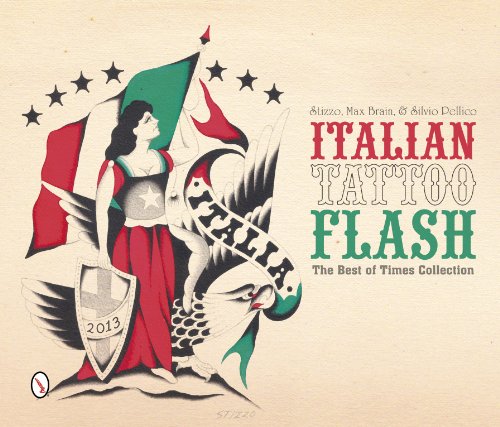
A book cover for Italian Tattoo Flash: The Best of Times Collection; Arts & Photography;